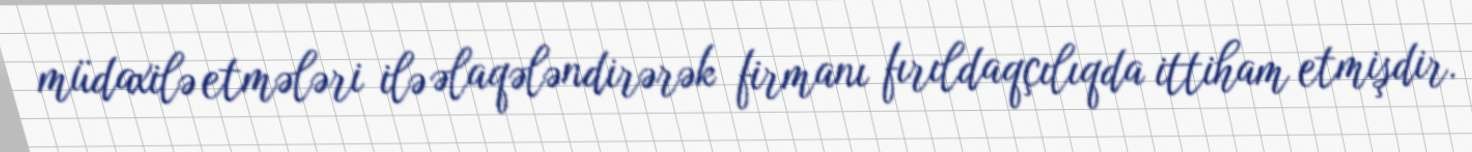
müdaxilə etmələri ilə əlaqələndirərək firmanı fırıldaqçılıqda ittiham etmişdir.